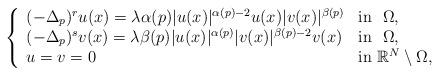
LaTeX: \begin{align*}\left\{\begin{array}{ll}(-\Delta_p)^r u(x) = \lambda \alpha(p) \vert u(x) \vert^{\alpha(p)-2} u(x) \vert v(x) \vert^{\beta(p)} & {\rm in} \ \ \Omega,\\(-\Delta_p)^s v(x) = \lambda \beta(p) \vert u(x) \vert^{\alpha(p)} \vert v(x) \vert^{\beta(p)-2} v(x) & {\rm in} \ \ \Omega,\\u= v=0 & {\rm in} \ \mathbb{R}^N\setminus\Omega,\\\end{array}\right.\end{align*}